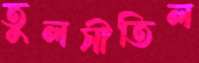
তুলসীতিল